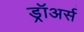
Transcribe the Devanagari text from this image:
ड्रॉअर्स